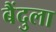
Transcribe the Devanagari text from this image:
बैंदुला